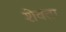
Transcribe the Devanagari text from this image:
शेवंता